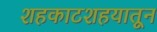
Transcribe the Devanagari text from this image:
शहकाटशहयातून